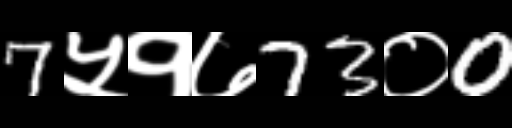
Text: 7५१७73०0